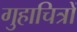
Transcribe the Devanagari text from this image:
गुहाचित्रों